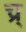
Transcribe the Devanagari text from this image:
च्र्